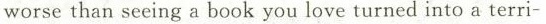
worse than seeing a book you love turned into a terri-